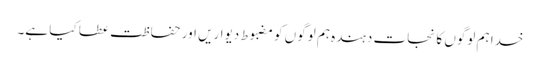
خدا ہم لوگوں کا نجات دہندہ ہم لوگوں کو مضبوط دیواریں اور حفاظت عطا کیا ہے۔